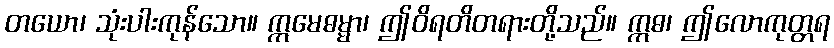
တယော၊ သုံးပါးကုန်သော။ ဣမေဓမ္မာ၊ ဤဝိရတိတရားတို့သည်။ ဣဓ၊ ဤလောကုတ္တရ